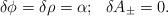
LaTeX: \begin{align*}\delta \phi=\delta \rho=\alpha;~~\delta A_\pm=0.\end{align*}